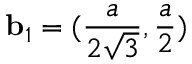
{ \bf b } _ { 1 } = ( \frac { a } { 2 \sqrt { 3 } } , \frac { a } { 2 } )